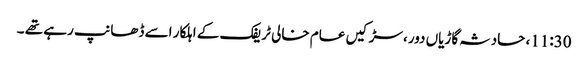
11:30، حادثہ گاڑیاں دور، سڑکیں عام خالی ٹریفک کے اہلکار اسے ڈھانپ رہے تھے ۔